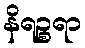
နိရဉ္စရာ